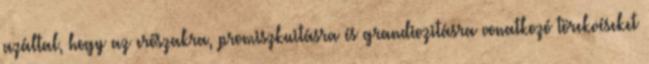
azáltal, hogy az erőszakra, promiszkuitásra és grandiozitásra vonatkozó törekvéseket